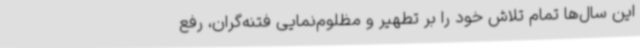
این سال‌ها تمام تلاش خود را بر تطهیر و مظلوم‌نمایی فتنه‌گران، رفع